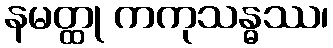
နမတ္ထု ကကုသန္ဓဿ၊